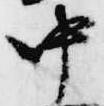
中